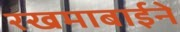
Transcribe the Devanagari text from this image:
रखमाबाईने